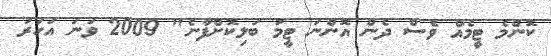
ކޮންމެ ޓީމެއް ވެސް ދެން އޮންނަ ޓީމު ބަލިކޮށްފާނެ" 2009 ވަނަ އަހަރު